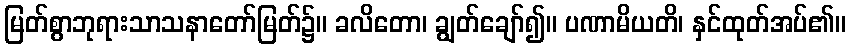
မြတ်စွာဘုရားသာသနာတော်မြတ်၌။ ခလိတော၊ ချွတ်ချော်၍။ ပဏာမိယတိ၊ နှင်ထုတ်အပ်၏။